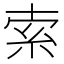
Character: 索